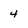
Character: 4